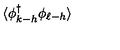
\langle \phi _ { k - h } ^ { \dagger } \phi _ { \ell - h } \rangle